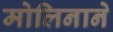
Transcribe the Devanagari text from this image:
मोलिनाने